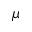
\mu